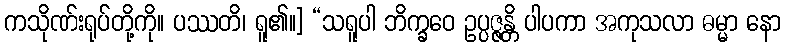
ကသိုဏ်းရုပ်တို့ကို။ ပဿတိ၊ ရူ၏။] “သရူပါ ဘိက္ခဝေ ဥပ္ပဇ္ဇန္တိ ပါပကာ အကုသလာ ဓမ္မာ နော